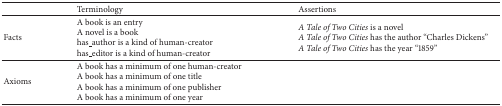
<table><thead><tr><td><b> </b></td><td><b>Terminology</b></td><td><b>Assertions</b></td></tr></thead><tbody><tr><td>Facts</td><td>A book is an entryA novel is a bookhas_author is a kind of human-creatorhas_editor is a kind of human-creator</td><td><i>A Tale of Two Cities</i> is a novel<i>A Tale of Two Cities</i> has the author “Charles Dickens”<i>A Tale of Two Cities</i> has the year “1859”</td></tr><tr><td>Axioms </td><td>A book has a minimum of one human-creatorA book has a minimum of one titleA book has a minimum of one publisherA book has a minimum of one year</td><td> </td></tr></tbody></table>